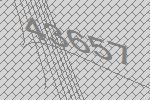
43657